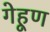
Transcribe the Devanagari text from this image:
गेहूण